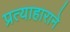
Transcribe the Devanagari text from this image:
प्रत्याहाराने